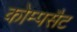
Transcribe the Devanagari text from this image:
कोम्पसैट